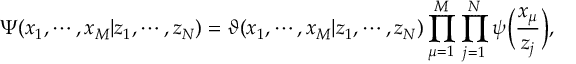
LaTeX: \Psi ( x _ { 1 } , \cdots , x _ { M } | z _ { 1 } , \cdots , z _ { N } ) = \vartheta ( x _ { 1 } , \cdots , x _ { M } | z _ { 1 } , \cdots , z _ { N } ) \prod _ { \mu = 1 } ^ { M } \prod _ { j = 1 } ^ { N } \psi \Bigl ( \frac { x _ { \mu } } { z _ { j } } \Bigr ) ,